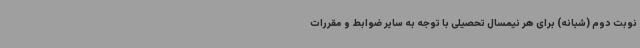
نوبت دوم (شبانه) برای هر نیمسال تحصیلی با توجه به سایر ضوابط و مقررات